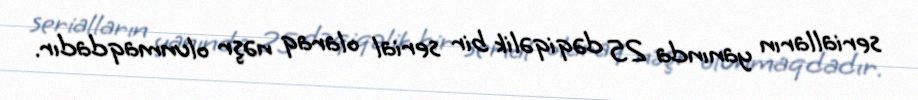
serialların yanında 25 dəqiqəlik bir serial olaraq nəşr olunmaqdadır.